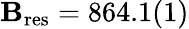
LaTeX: \mathbf{B}_{\mathrm{{res}}}=864.1(1)